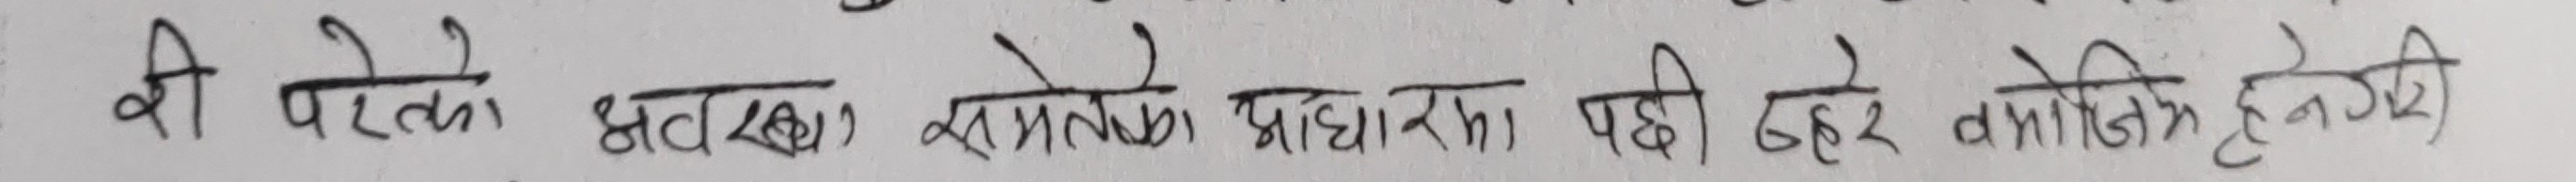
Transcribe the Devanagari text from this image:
की परते घटकर समय प्रदूषण पड़ी हुए कम होने लगेगी